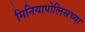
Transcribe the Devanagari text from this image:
मिनियापोलिसच्या